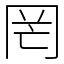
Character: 罔